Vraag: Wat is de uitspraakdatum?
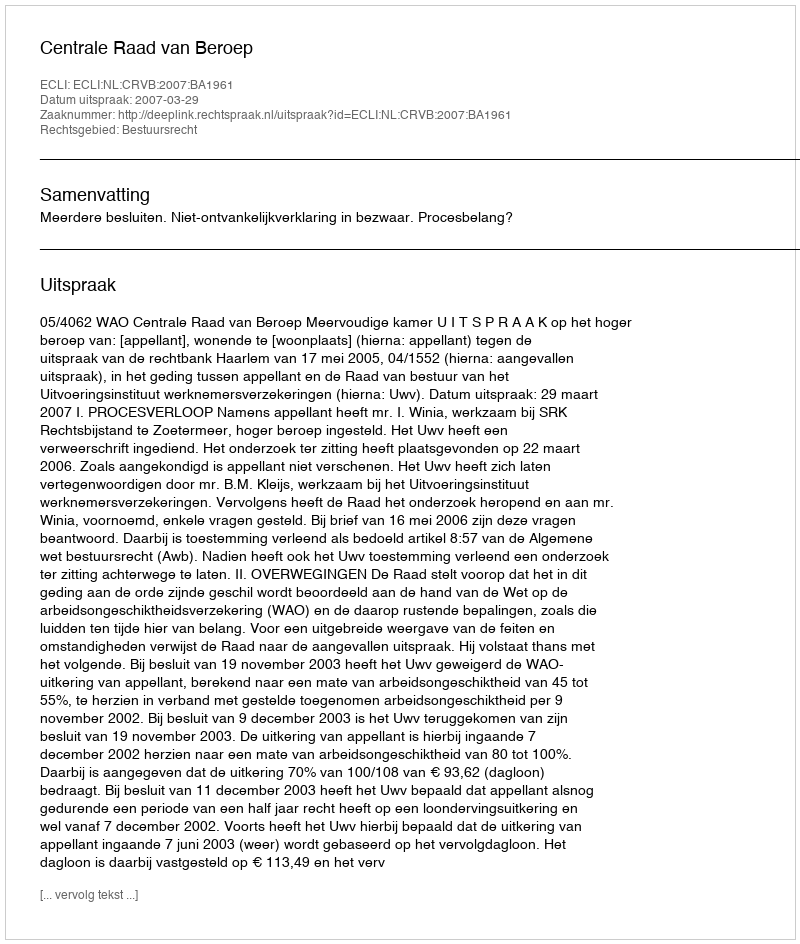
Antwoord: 2007-03-29